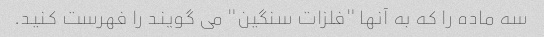
سه ماده را که به آنها "فلزات سنگین" می گویند را فهرست کنید.